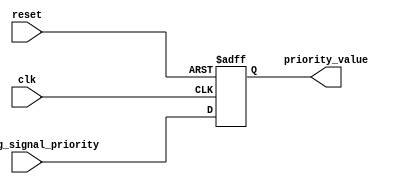
module priority_bypass_reg (
    input wire clk,
    input wire reset,
    input wire [7:0] incoming_signal_priority,
    output reg [7:0] priority_value
);

always @(posedge clk or posedge reset) begin
    if (reset) begin
        priority_value <= 8'b00000000;
    end else begin
        priority_value <= incoming_signal_priority;
    end
end

endmodule